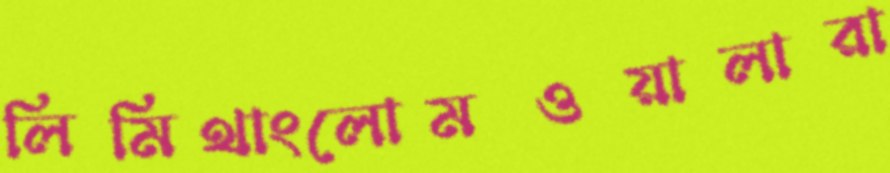
লিমিথাংলোমওয়ালারা